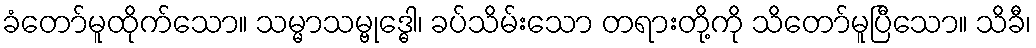
ခံတော်မူထိုက်သော။ သမ္မာသမ္ဗုဒ္ဓေါ၊ ခပ်သိမ်းသော တရားတို့ကို သိတော်မူပြီသော။ သိခီ၊